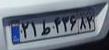
۲۱ط۴۳۶۸۲